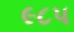
૯૮૫